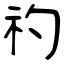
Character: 礿